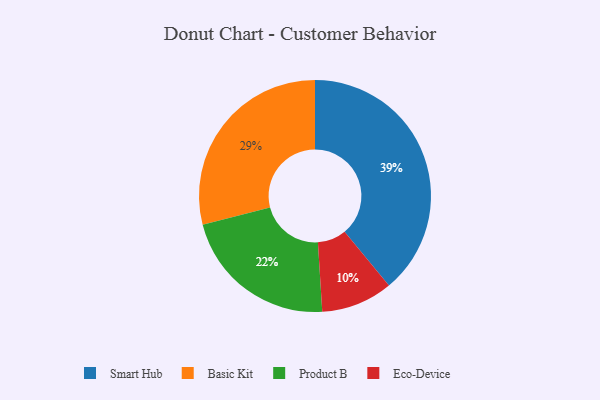
{"axis": {"x": "Category", "y": "Percentage"}, "legend": ["Basic Kit", "Eco-Device", "Product B", "Smart Hub"], "data": [{"x": "Product B", "y": 22, "type": "Product B"}, {"x": "Eco-Device", "y": 10, "type": "Eco-Device"}, {"x": "Smart Hub", "y": 39, "type": "Smart Hub"}, {"x": "Basic Kit", "y": 29, "type": "Basic Kit"}]}